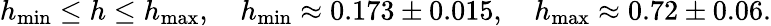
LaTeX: h_{\operatorname*{min}}\le h\le h_{\operatorname*{max}},\quad h_{\operatorname*{min}}\approx 0.173\pm 0.015,\quad h_{\operatorname*{max}}\approx 0.72\pm 0.06.